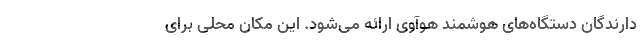
دارندگان دستگاه‌های هوشمند هوآوی ارائه می‌شود. این مکان محلی برای